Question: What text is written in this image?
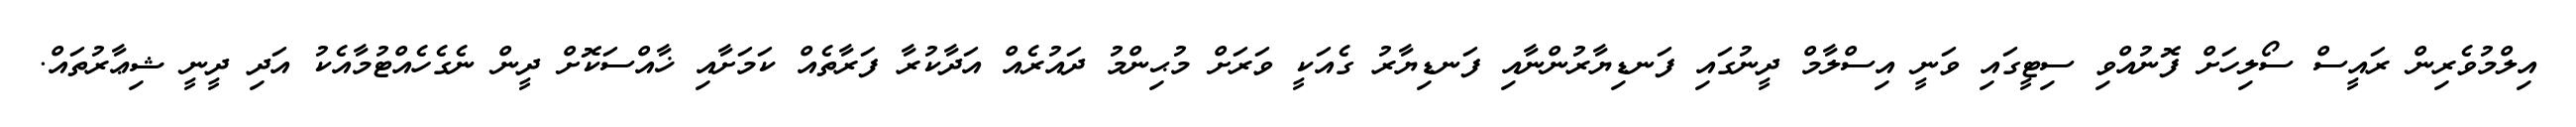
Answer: އިލްމުވެރިން ރައީސް ސޯލިހަށް ފޮނުއްވި ސިޓީގައި ވަނީ އިސްލާމް ދީނުގައި ފަނޑިޔާރުންނާއި ފަނޑިޔާރު ގެއަކީ ވަރަށް މުޙިންމު ދައުރެއް އަދާކުރާ ފަރާތެއް ކަމަށާއި ޚާއްސަކޮށް ދީން ނެގެހެއްޓުމާއެކު އަދި ދީނީ ޝިޢާރުތައް.